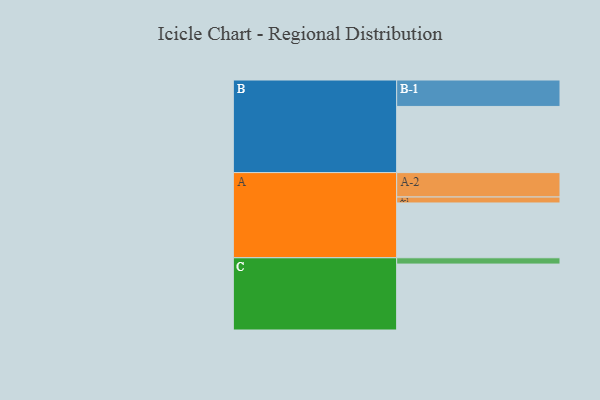
{"axis": {"x": "Segment", "y": "Value"}, "legend": ["", "A", "B", "C"], "data": [{"x": "A", "y": 487, "type": ""}, {"x": "B", "y": 588, "type": ""}, {"x": "C", "y": 586, "type": ""}, {"x": "A-1", "y": 53, "type": "A"}, {"x": "A-2", "y": 217, "type": "A"}, {"x": "B-1", "y": 235, "type": "B"}, {"x": "C-1", "y": 56, "type": "C"}]}